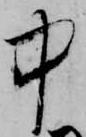
中